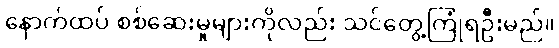
နောက်ထပ် စစ်ဆေးမှုများကိုလည်း သင်တွေ့ကြုံရဦးမည်။